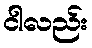
ငါလည်း